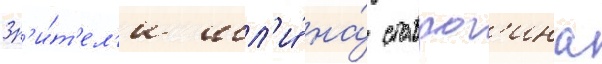
Зр'и́т'ел'и шл'и́ на́ ставрог'ина